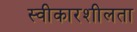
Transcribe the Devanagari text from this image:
स्वीकारशीलता